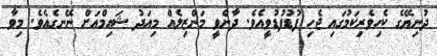
ދުނިޔޭގެ ކެހިވެރިކަމުގައި ޖެހި ފުޑުފުޑުވީއެވެ. ދާންވީ މަންޒިލެއް މިއަދު ޝައިމްއަށް ނޭނގެއެވެ. މިވާ